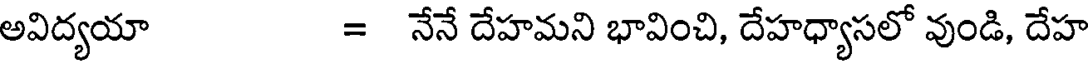
అవిద్యయా = నేనే దేహమని భావించి, దేహధ్యాసలో వుండి, దేహ